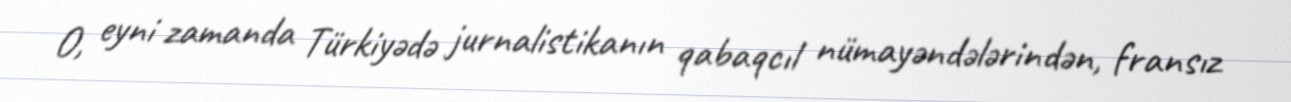
O, eyni zamanda Türkiyədə jurnalistikanın qabaqcıl nümayəndələrindən, fransız